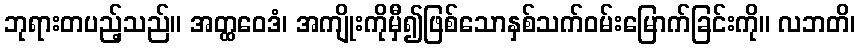
ဘုရားတပည့်သည်။ အတ္ထဝေဒံ၊ အကျိုးကိုမှီ၍ဖြစ်သောနှစ်သက်ဝမ်းမြောက်ခြင်းကို။ လဘတိ၊